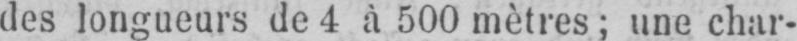
des longueurs de 4 à 500 mètres; une char-